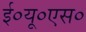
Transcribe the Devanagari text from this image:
ई०यू०एस०